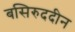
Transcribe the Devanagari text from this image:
बसिरुददीन